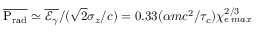
\overline { { \mathrm { P _ { r a d } } } } \simeq \overline { { \mathcal { E } _ { \gamma } } } / ( \sqrt { 2 } \sigma _ { z } / c ) = 0 . 3 3 ( \alpha m c ^ { 2 } / \tau _ { c } ) \chi _ { e \, m a x } ^ { 2 / 3 }